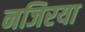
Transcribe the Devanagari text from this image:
नजिरया